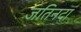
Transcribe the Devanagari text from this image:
जतिनदा